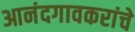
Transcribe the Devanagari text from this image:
आनंदगावकरांचे